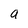
Character: a